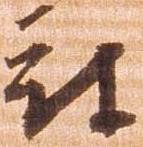
被